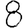
Digit: 8